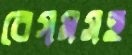
বেগমসহ